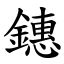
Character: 鏸